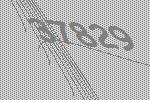
37829